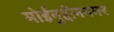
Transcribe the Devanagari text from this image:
मोईनुद्दीननगर